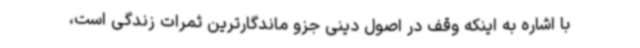
با اشاره به اینکه وقف در اصول دینی جزو ماندگارترین ثمرات زندگی است،